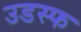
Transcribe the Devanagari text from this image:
उडस्फ